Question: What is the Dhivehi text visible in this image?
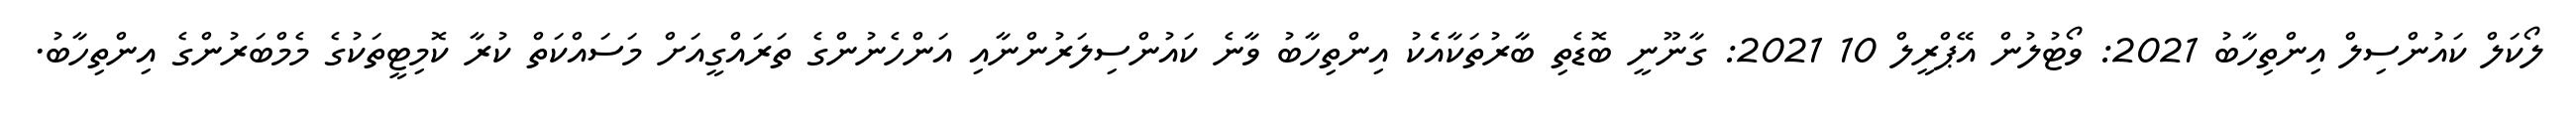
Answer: ލޯކަލް ކައުންސިލް އިންތިހާބު 2021: ވޯޓުލުން އޭޕްރީލް 10 2021: ގާނޫނީ ބޮޑެތި ބާރުތަކާއެެކު އިންތިހާބު ވާނެ ކައުންސިލަރުންނާއި އަންހެނުންގެ ތަރައްގީއަށް މަސައްކަތް ކުރާ ކޮމިޓީތަކުގެ މެމްބަރުންގެ އިންތިހާބު.